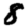
Digit: 8